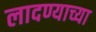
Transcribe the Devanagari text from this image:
लादण्याच्या